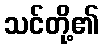
သင်တို့၏